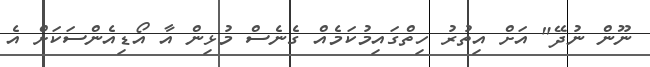
ނޫން ނުދޭ" އަށް އިތުރު ހިތްގައިމުކަމެއް ގެނެސް މުޅިން އާ އޯޑިއެންސަކަށް އެ